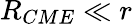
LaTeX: R_{CME}\ll r